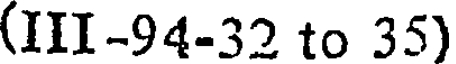
(III-94-32 to 35)